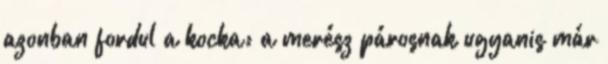
azonban fordul a kocka: a merész párosnak ugyanis már